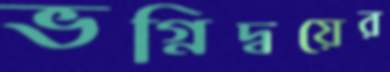
ভগ্নিদ্বয়ের